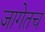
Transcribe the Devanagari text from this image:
जागेतच